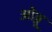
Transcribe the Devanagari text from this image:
ओब्नू